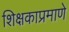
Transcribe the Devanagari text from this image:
शिक्षकाप्रमाणे